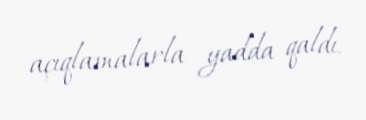
açıqlamalarla yadda qaldı.